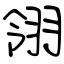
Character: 翎